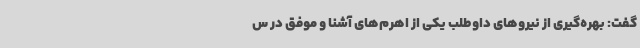
گفت: بهره‌گیری از نیروهای داوطلب یکی از اهرم‌های آشنا و موفق در س